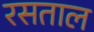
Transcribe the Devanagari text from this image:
रसताल